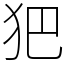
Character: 𤜱